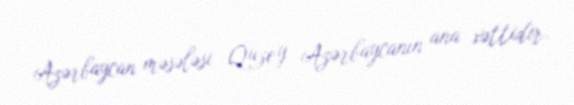
Azərbaycan məsələsi Quzey Azərbaycanın ana xəttidir.